65_HS1-834228961_62-HQ-83894_Section_3
Agency: FBI
Page 122
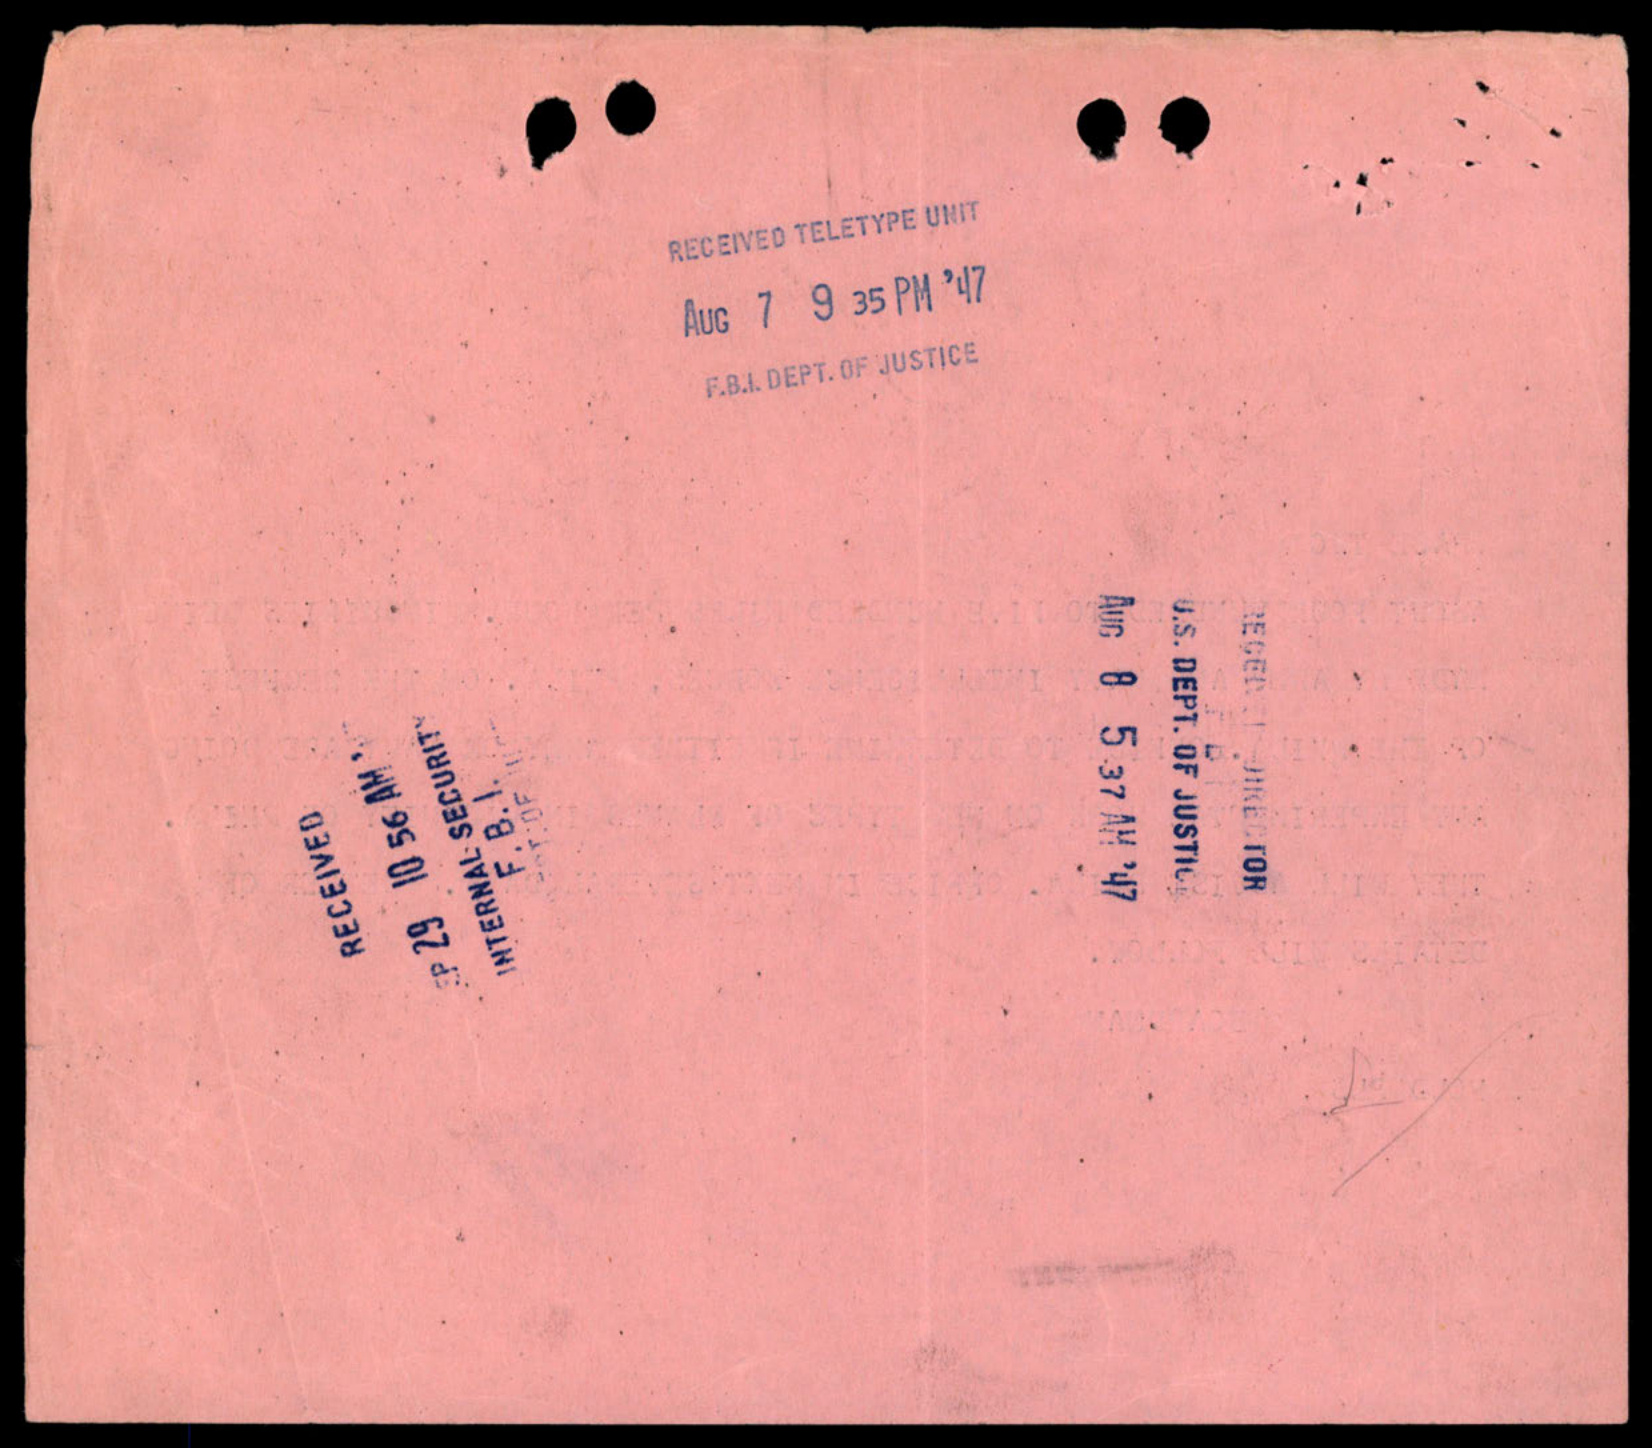